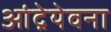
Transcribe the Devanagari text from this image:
आंद्रेयेवना